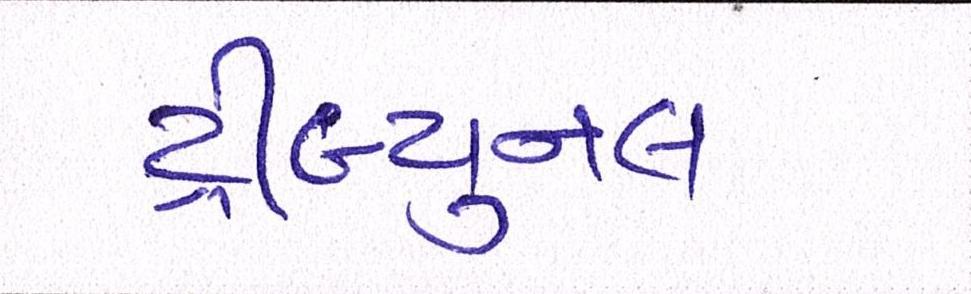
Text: ટ્રીબ્યુનલ